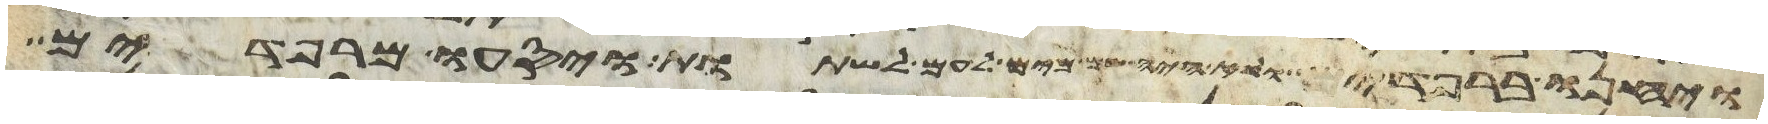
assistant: ויחנו ברפידים ולא היה שם מים לעם לשתות ויסעו מרפידים